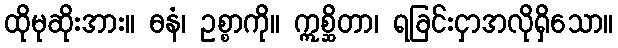
ထိုမုဆိုးအား။ ဓနံ၊ ဥစ္စာကို။ ဣစ္ဆိတာ၊ ရခြင်းငှာအလိုရှိသော။